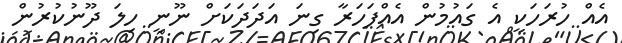
އެއް ހުރަހަކީ އެ ގައުމުން އެއްފަހަރާ ގިނަ އަދަދަކަށް ނޫނީ ހިލަ ދޫނުކުރުން